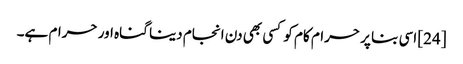
[24] اسی بنا پر حرام کام کو کسی بھی دن انجام دینا گناہ اور حرام ہے۔